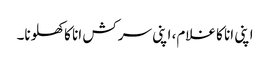
اپنی انا کا غلام، اپنی سرکش انا کا کھلونا۔